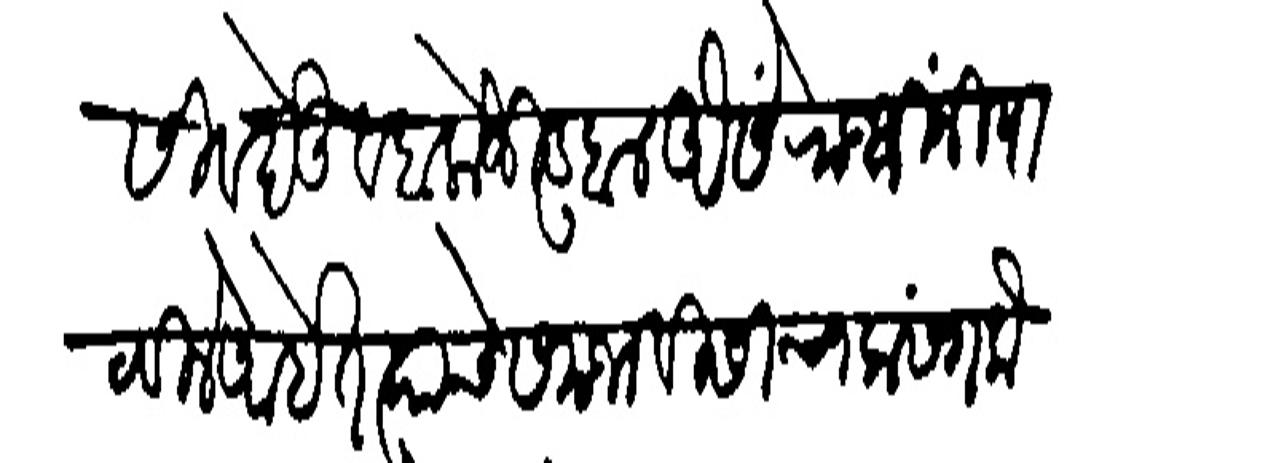
Transliteration (Devanagari): सिवबेऊ व बालोजी डुबल ऐसें राजश्रीनी पाठविले आहेत स्याचे समजाविसीचा प्रसंग कंसा